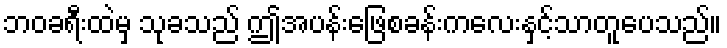
ဘဝခရီးထဲမှ သုခသည် ဤအပန်းဖြေစခန်းကလေးနှင့်သာတူပေသည်။